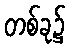
တစ်ခု၌